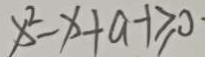
x ^ { 2 } - x + a - 1 \geq 0 \cdot